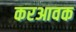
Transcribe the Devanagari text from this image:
करआवक